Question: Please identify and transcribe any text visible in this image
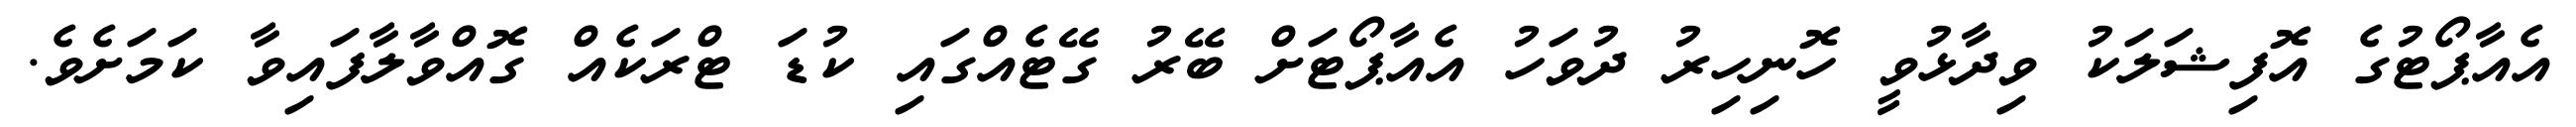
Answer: އެއާޕޯޓުގެ އޮފިޝަލަކު ވިދާޅުވީ ހޮނިހިރު ދުވަހު އެއާޕޯޓަށް ބޭރު ގޭޓެއްގައި ކުޑަ ޓްރަކެއް ގޮއްވާލާފައިވާ ކަމަށެވެ.